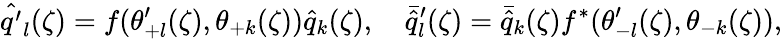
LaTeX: {\hat{q^{\prime}}}_{l}(\zeta)=f(\theta_{+l}^{\prime}(\zeta),\theta_{+k}(\zeta)){\hat{q}}_{k}(\zeta),\quad{\bar{\hat{q}}}_{l}^{\prime}(\zeta)={\bar{\hat{q}}}_{k}(\zeta)f^{*}(\theta_{-l}^{\prime}(\zeta),\theta_{-k}(\zeta)),